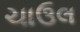
ચાઉલ